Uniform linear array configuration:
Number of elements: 24
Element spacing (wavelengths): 1
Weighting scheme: blackman
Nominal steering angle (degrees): -15
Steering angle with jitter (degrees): -13.342
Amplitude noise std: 0.05
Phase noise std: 0.05

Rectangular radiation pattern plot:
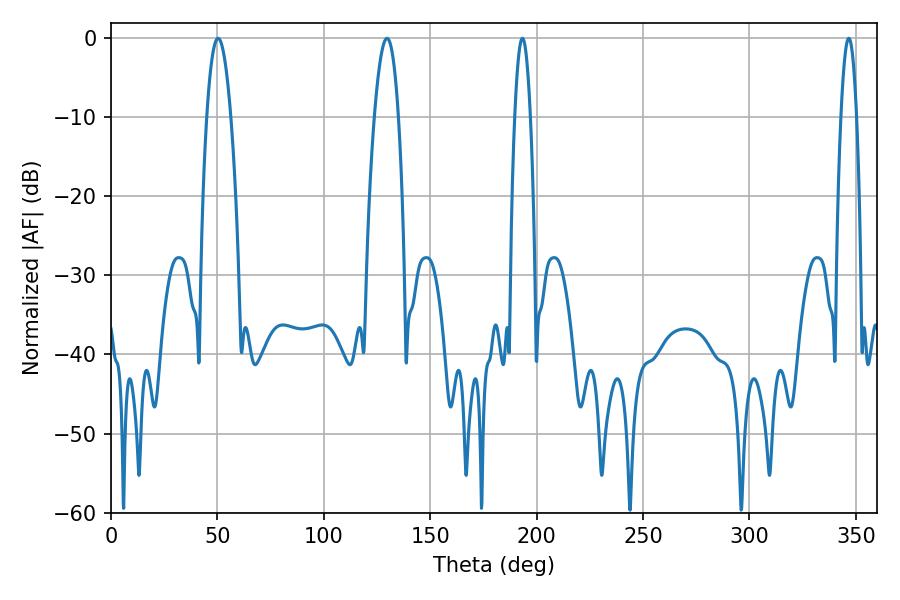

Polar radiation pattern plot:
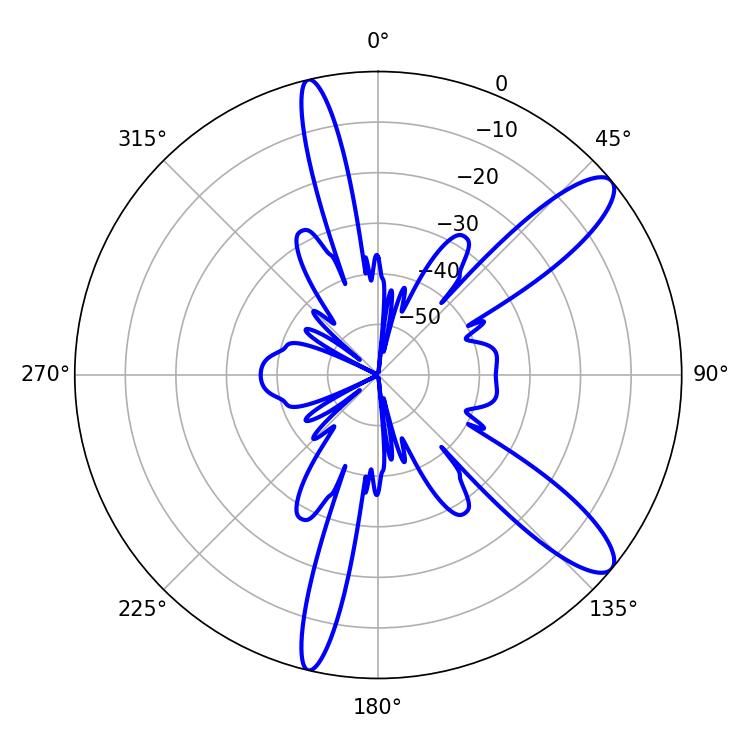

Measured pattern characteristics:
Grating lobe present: TRUE
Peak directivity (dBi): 11.388
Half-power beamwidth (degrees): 3.96
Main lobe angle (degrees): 193.32